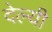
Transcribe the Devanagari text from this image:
देल्यी